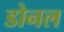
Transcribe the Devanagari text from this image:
डोनल